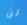
لن